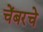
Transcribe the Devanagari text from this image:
चेंबरचे